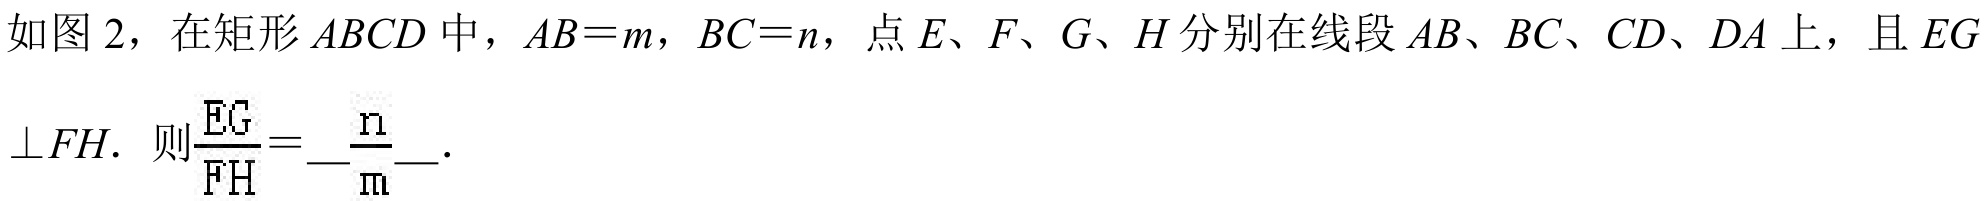
如图 2，在矩形 \(ABCD\) 中，\(AB = m\)，\(BC = n\)，点 \(E\)、\(F\)、\(G\)、\(H\) 分别在线段 \(AB\)、\(BC\)、\(CD\)、\(DA\) 上，且 \(EG\perp FH\). 则 \(\frac{EG}{FH}=\frac{n}{m}\).